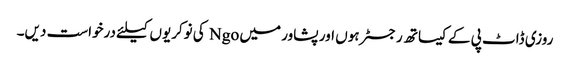
روزی ڈاٹ پی کے کیساتھ رجسٹر ہوں اور پشاور میں Ngo کی نوکریوں کیلئے درخواست دیں۔